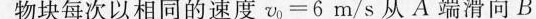
物块每次以相同的速度$$v _ { 0 } = 6 m / s$$从A端滑向B